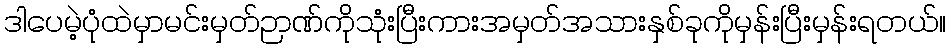
ဒါပေမဲ့ပုံထဲမှာမင်းမှတ်ဉာဏ်ကိုသုံးပြီးကားအမှတ်အသားနှစ်ခုကိုမှန်းပြီးမှန်းရတယ်။